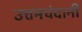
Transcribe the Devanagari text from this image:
उत्तमचंदानी